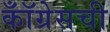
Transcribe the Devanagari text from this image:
कॉँग्रेसची